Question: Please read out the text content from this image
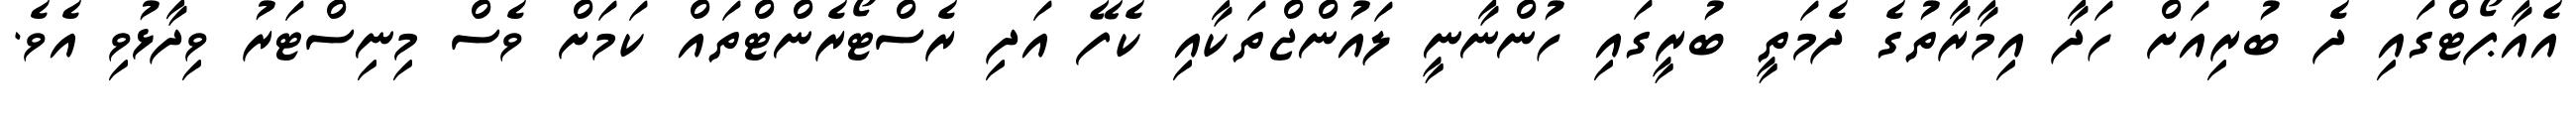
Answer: އެއާޕޯޓްގައި ދެ ބުރިއަށް ހަދާ އިމާރާތުގެ ދެމަތީ ބުރީގައި ހުންނާނީ ލައުންޖްތަކާއި ކެފޭ އަދި ރެސްޓޯރެންޓްތައް ކަމަށް ވެސް މިނިސްޓަރު ވިދާޅުވި އެވެ.